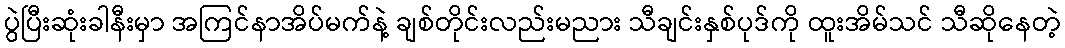
ပွဲပြီးဆုံးခါနီးမှာ အကြင်နာအိပ်မက်နဲ့ ချစ်တိုင်းလည်းမညား သီချင်းနှစ်ပုဒ်ကို ထူးအိမ်သင် သီဆိုနေတဲ့